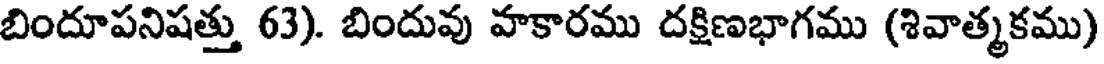
బిందూపనిషత్తు 63). బిందువు హకారము దక్షిణభాగము (శివాత్మకము)